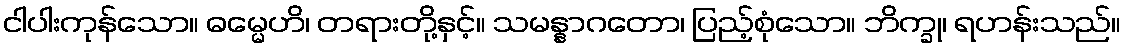
ငါပါးကုန်သော။ ဓမ္မေဟိ၊ တရားတို့နှင့်။ သမန္နာဂတော၊ ပြည့်စုံသော။ ဘိက္ခု၊ ရဟန်းသည်။